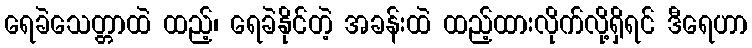
ရေခဲသေတ္တာထဲ ထည့်၊ ရေခဲနိုင်တဲ့ အခန်းထဲ ထည့်ထားလိုက်လို့ရှိရင် ဒီရေဟာ